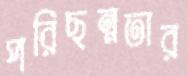
পরিছন্নতার